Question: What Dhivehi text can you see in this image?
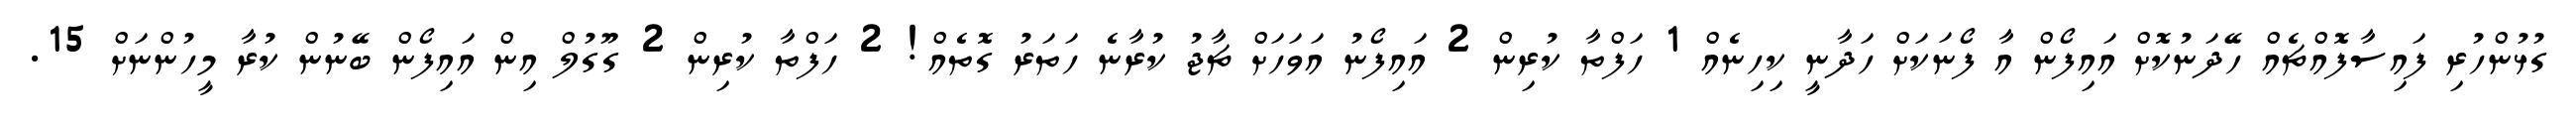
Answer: ގުޅުންހުރި ފައިސާފޮއްޗެއް ހޭދަނުކޮށް އައިފޯން އާ ފޯނަކަށް ހަދާނީ ކިހިނެއް 1 ހަފްތާ ކުރިން 2 އައިފޯނު އަވަހަށް ޗާޖު ކުރާނެ ހަތަރު ގޮތެއް! 2 ހަފްތާ ކުރިން 2 ގޫގުލް އިން އައިފޯން ބޭނުން ކުރާ މީހުންނަށް 15.